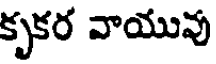
కృకర వాయువు